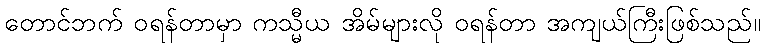
တောင်ဘက် ဝရန်တာမှာ ကသ္မီယ အိမ်များလို ဝရန်တာ အကျယ်ကြီးဖြစ်သည်။